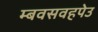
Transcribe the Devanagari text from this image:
म्बवसवहपेउ